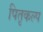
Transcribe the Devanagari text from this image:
पितृकल्प